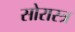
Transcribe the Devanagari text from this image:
सोरास्त्र